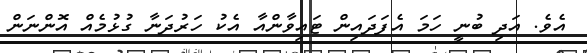
އެވެ. އަދި ބުނީ ހަމަ އެފަދައިން ޓައިވާންއާ އެކު ހަރުދަނާ ގުޅުމެއް އޮންނަން